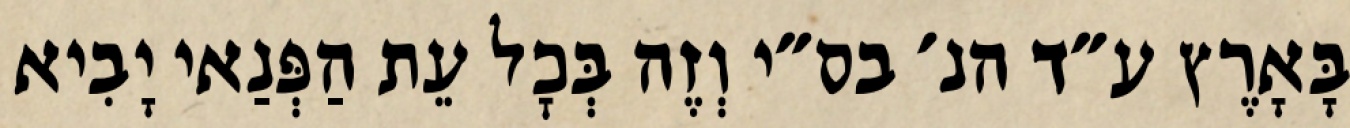
בָּאָרֶץ ע״ד הנ׳ בס״י וְזֶה בְּכׇל עֵת הַפְּנַאי יָבִיא